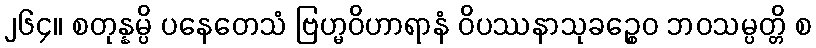
၂၆၄။ စတုန္နမ္ပိ ပနေတေသံ ဗြဟ္မဝိဟာရာနံ ဝိပဿနာသုခဉ္စေဝ ဘဝသမ္ပတ္တိ စ